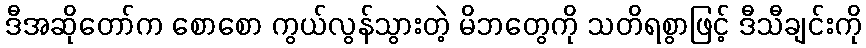
ဒီအဆိုတော်က စောစော ကွယ်လွန်သွားတဲ့ မိဘတွေကို သတိရစွာဖြင့် ဒီသီချင်းကို